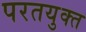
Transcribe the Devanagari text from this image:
परतयुक्त